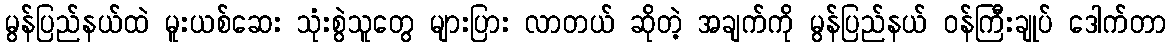
မွန်ပြည်နယ်ထဲ မူးယစ်ဆေး သုံးစွဲသူတွေ များပြား လာတယ် ဆိုတဲ့ အချက်ကို မွန်ပြည်နယ် ဝန်ကြီးချုပ် ဒေါက်တာ